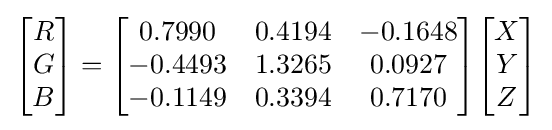
{\begin{bmatrix}R\\G\\B\end{bmatrix}}={\begin{bmatrix}0.7990&0.4194&-0.1648\\-0.4493&1.3265&0.0927\\-0.1149&0.3394&0.7170\end{bmatrix}}{\begin{bmatrix}X\\Y\\Z\end{bmatrix}}